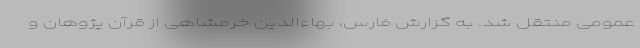
عمومی منتقل شد. به گزارش فارس، بهاء‌الدین خرمشاهی از قرآن پژوهان و